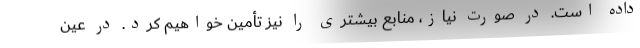
داده است. در صورت نیاز، منابع بیشتری را نیز تأمین خواهیم کرد. در عین